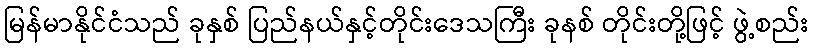
မြန်မာနိုင်ငံသည် ခုနှစ် ပြည်နယ်နှင့်တိုင်းဒေသကြီး ခုနစ် တိုင်းတို့ဖြင့် ဖွဲ့စည်း